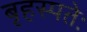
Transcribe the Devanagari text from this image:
बृहस्पतेः